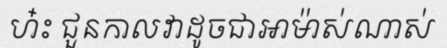
ហ៎ះ ជួនកាលវាដូចជាអាម៉ាស់ណាស់